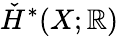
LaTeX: {\check{H}}^{*}(X;\mathbb{R})